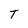
Character: T